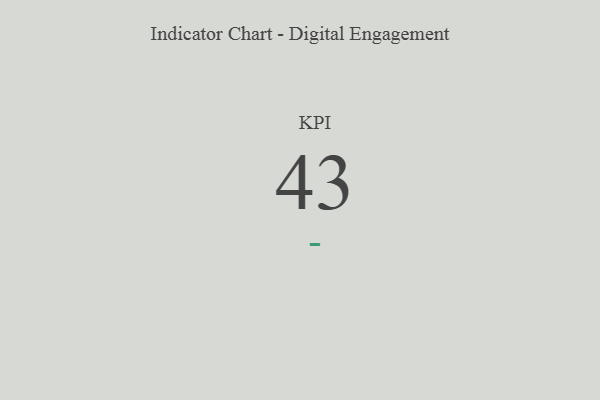
{"axis": {"x": "KPI", "y": "Value"}, "legend": [""], "data": [{"x": "KPI", "y": 43, "type": ""}]}